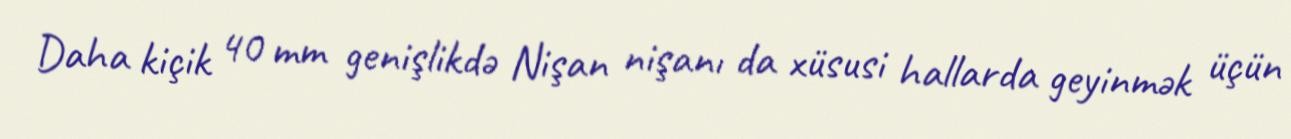
Daha kiçik 40 mm genişlikdə Nişan nişanı da xüsusi hallarda geyinmək üçün